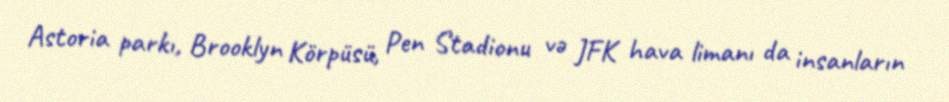
Astoria parkı, Brooklyn Körpüsü, Pen Stadionu və JFK hava limanı da insanların